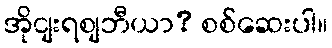
အိုငျးရစျဘီယာ? စစ်ဆေးပါ။